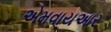
એમવાયઆર